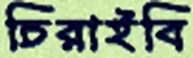
চিরাইবি